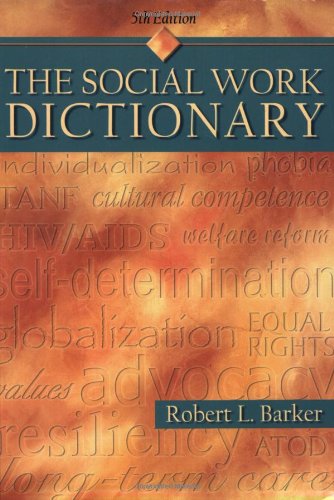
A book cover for The Social Work Dictionary, 5th Edition; Robert L. Barker; Politics & Social Sciences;